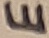
Text: E